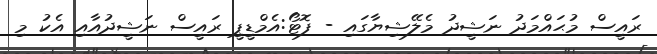
ރައީސް މުޙައްމަދު ނަޝީދު މެލޭޝިޔާގައި - ފޮޓޯ:އެމްޑީޕީ ރައީސް ނަޝީދުއާއި އެކު މި